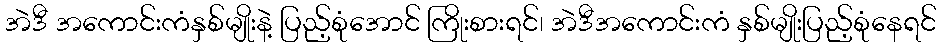
အဲဒီ အကောင်းကံနှစ်မျိုးနဲ့ ပြည့်စုံအောင် ကြိုးစားရင်၊ အဲဒီအကောင်းကံ နှစ်မျိုးပြည့်စုံနေရင်